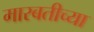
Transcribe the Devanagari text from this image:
मारबतीच्या